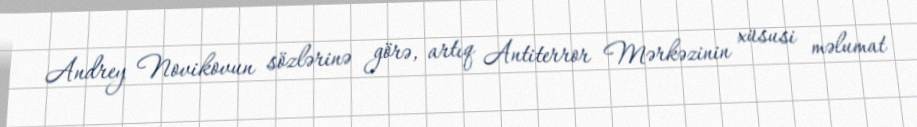
Andrey Novikovun sözlərinə görə, artıq Antiterror Mərkəzinin xüsusi məlumat